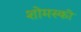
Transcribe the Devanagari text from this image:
शोमस्की